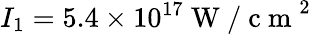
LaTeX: I_{1}=5.4\times 10^{17}\mathrm{~W~/~c~m~}^{2}